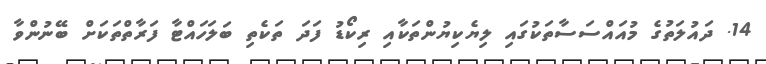
14. ދައުލަތުގެ މުއައްސަސާތަކުގައި ލިޔެކިޔުންތަކާއި ރިކޯޑު ފަދަ ތަކެތި ބަލަހައްޓާ ފަރާތްތަކަށް ބޭނުންވާ